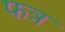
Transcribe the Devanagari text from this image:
फत्र